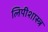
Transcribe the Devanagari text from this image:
लिपीशास्त्र